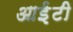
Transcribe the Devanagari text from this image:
आई़़टी